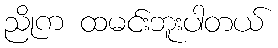
ညိုက ထမင်းဘူးပါတယ်